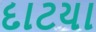
દાટયા